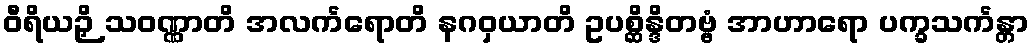
ဝီရိယဉှိ သဝဏ္ဏာတိ အလင်္ကရောတိ နဂဝှယာတိ ဥပစ္ဆိန္ဒိတဗ္ဗံ အာဟာရော ပက္ခသင်္ကန္တာ